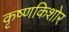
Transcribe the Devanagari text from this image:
कृष्णकिशोर